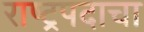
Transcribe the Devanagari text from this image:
राष्ट्रपदाचा